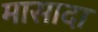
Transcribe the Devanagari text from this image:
मासादा